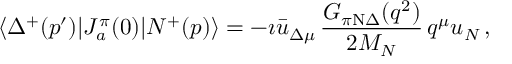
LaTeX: \langle \Delta ^ { + } ( p ^ { \prime } ) | J _ { a } ^ { \pi } ( 0 ) | N ^ { + } ( p ) \rangle = - \i \bar { u } _ { \Delta \mu } \, { \frac { G _ { \pi \mathrm { N } \Delta } ( q ^ { 2 } ) } { 2 M _ { N } } } \, q ^ { \mu } u _ { N } \, ,